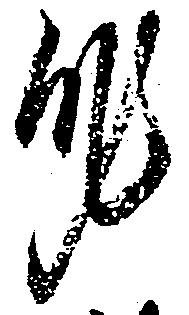
身